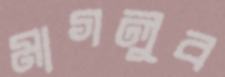
মাগলুব